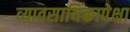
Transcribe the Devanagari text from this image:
व्यावसायिंकापेक्षा